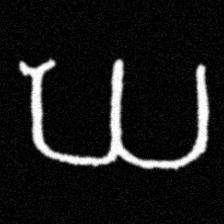
Pyu character \u2014 Myanmar letter: ဃ (romanized: gha)